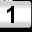
Digit: 1